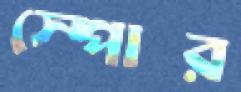
স্পোর